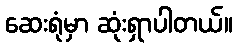
ဆေးရုံမှာ ဆုံးရှာပါတယ်။